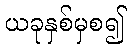
ယခုနှစ်မှစ၍